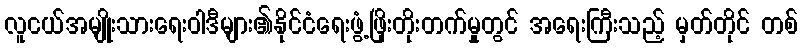
လူငယ်အမျိုးသားရေးဝါဒီများ၏နိုင်ငံရေးဖွံ့ဖြိုးတိုးတက်မှုတွင် အရေးကြီးသည့် မှတ်တိုင် တစ်